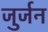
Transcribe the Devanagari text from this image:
जुर्जन